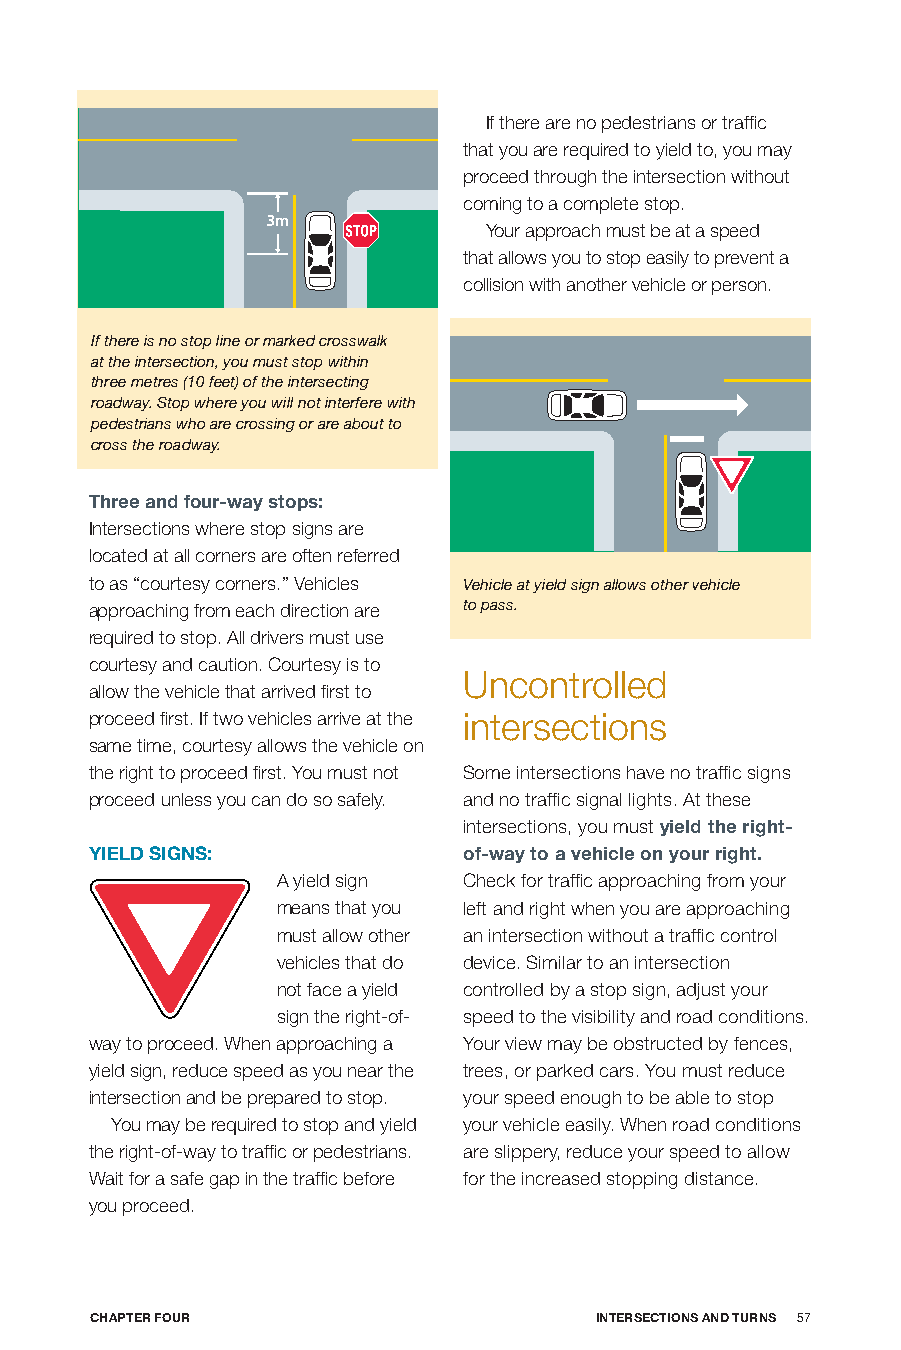
If there are no pedestrians or traffic
 that you are required to yield to, you may
 proceed through the intersection without
 coming to a complete stop.
 Your approach must be at a speed
 that allows you to stop easily to prevent a
 collision with another vehicle or person.
 If there is no stop line or marked crosswalk
 at the intersection, you must stop within
 three metres (10 feet) of the intersecting
 roadway. Stop where you will not interfere with
 pedestrians who are crossing or are about to
 cross the roadway.
 Three and four-way stops:
 Intersections where stop signs are
 located at all corners are often referred
 to as “courtesy corners.” Vehicles Vehicle at yield sign allows other vehicle
 approaching from each direction are to pass.
 required to stop. All drivers must use
 courtesy and caution. Courtesy is to
 Uncontrolled
 allow the vehicle that arrived first to
 proceed first. If two vehicles arrive at the intersections
 same time, courtesy allows the vehicle on
 the right to proceed first. You must not Some intersections have no traffic signs
 proceed unless you can do so safely. and no traffic signal lights. At these
 intersections, you must yield the right-
 yIELD SIGnS:             of-way to a vehicle on your right.
 A yield sign Check for traffic approaching from your
 means that you left and right when you are approaching
 must allow other an intersection without a traffic control
 vehicles that do device. Similar to an intersection
 not face a yield controlled by a stop sign, adjust your
 sign the right-of- speed to the visibility and road conditions.
 way to proceed. When approaching a Your view may be obstructed by fences,
 yield sign, reduce speed as you near the trees, or parked cars. You must reduce
 intersection and be prepared to stop. your speed enough to be able to stop
 You may be required to stop and yield your vehicle easily. When road conditions
 the right-of-way to traffic or pedestrians. are slippery, reduce your speed to allow
 Wait for a safe gap in the traffic before for the increased stopping distance.
 you proceed.
 CHApTER foUR                     InTERSECTIonS AnD TURnS 57